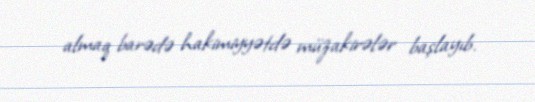
almaq barədə hakimiyyətdə müzakirələr başlayıb.